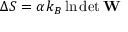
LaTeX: \Delta S = \alpha k _ { B } \ln \operatorname* { d e t } \mathbf { W }